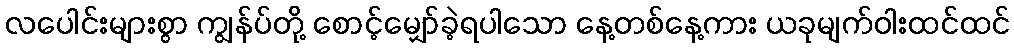
လပေါင်းများစွာ ကျွန်ပ်တို့ စောင့်မျှော်ခဲ့ရပါသော နေ့တစ်နေ့ကား ယခုမျက်ဝါးထင်ထင်